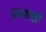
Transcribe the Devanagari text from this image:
प्रजापतों